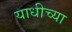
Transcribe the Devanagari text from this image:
याधीच्या